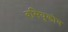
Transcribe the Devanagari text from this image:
वसियुकोव